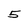
Character: 5